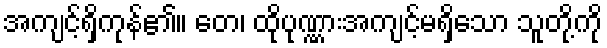
အကျင့်ရှိကုန်၏။ တေ၊ ထိုပုဏ္ဏားအကျင့်မရှိသော သူတို့ကို